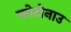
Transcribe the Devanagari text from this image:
कोटोनाउ